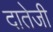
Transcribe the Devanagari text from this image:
दातेजी